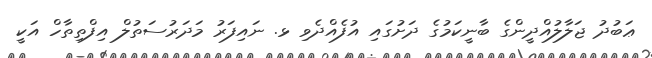
ޢަބުދު ޖަލާލުއްދީންގެ ބާނީކަމުގެ ދަށުގައި އުފެއްދެވި ޅ. ނައިފަރު މަދަރުސަތުލް އިފްތިތާހް އަކީ